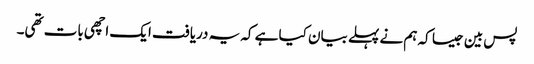
پس بین جیسا کہ ہم نے پہلے بیان کیا ہے کہ یہ دریافت ایک اچھی بات تھی۔